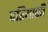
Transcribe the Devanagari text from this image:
दरियासी